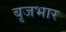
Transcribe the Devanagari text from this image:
बृजभार